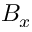
B _ { x }